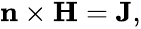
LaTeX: \begin{array}{r}{\mathbf{n}\times\mathbf{H}=\mathbf{J},}\end{array}